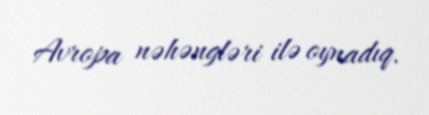
Avropa nəhəngləri ilə oynadıq.